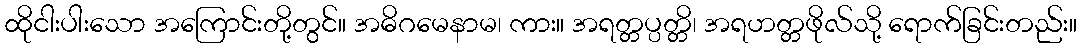
ထိုငါးပါးသော အကြောင်းတို့တွင်။ အဓိဂမေနာမ၊ ကား။ အရတ္တပ္ပတ္တိ၊ အရဟတ္တဖိုလ်သို့ ရောက်ခြင်းတည်း။